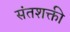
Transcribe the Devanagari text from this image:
संतशक्ती